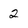
Character: 2